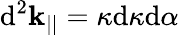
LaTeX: \mathrm{d}^{2}\mathbf{k}_{||}=\kappa\mathrm{d}\kappa\mathrm{d}\alpha